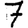
Digit: 7